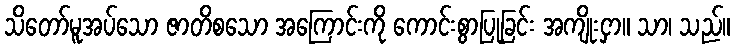
သိတော်မူအပ်သော ဇာတိစသော အကြောင်းကို ကောင်းစွာပြုခြင်း အကျိုးငှာ။ သာ၊ သည်။